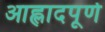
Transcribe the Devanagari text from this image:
आह्लादपूर्ण